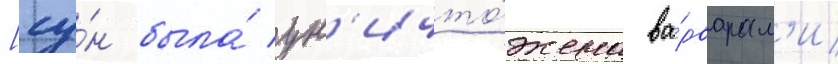
[су́н была́ ун'ичто́жена ва́рварам'и